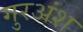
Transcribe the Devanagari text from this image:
गुरअंश